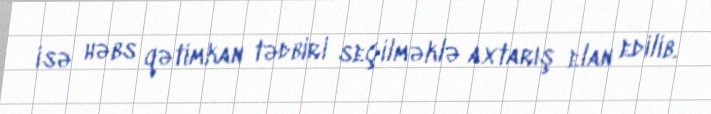
isə həbs qətimkan tədbiri seçilməklə axtarış elan edilib.